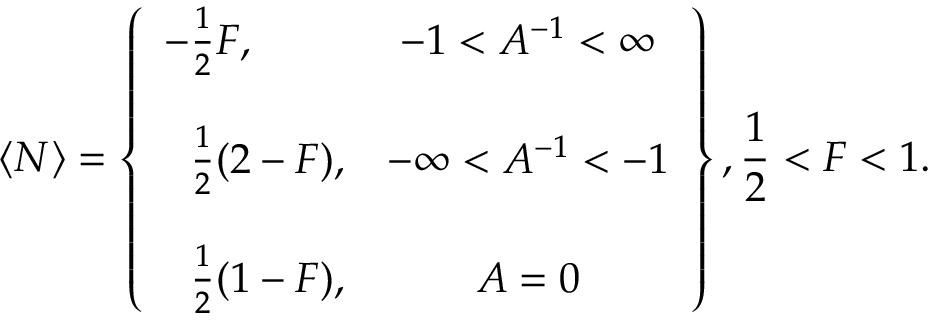
\langle N \rangle = \left\{ \begin{array} { l c } { { - \frac { 1 } { 2 } F , } } & { { - 1 < A ^ { - 1 } < \infty } } \\ { { } } & { { } } \\ { { \hphantom { - } \frac { 1 } { 2 } ( 2 - F ) , } } & { { - \infty < A ^ { - 1 } < - 1 } } \\ { { } } & { { } } \\ { { \hphantom { - } \frac { 1 } { 2 } ( 1 - F ) , } } & { { A = 0 } } \end{array} \right\} , \frac { 1 } { 2 } < F < 1 .